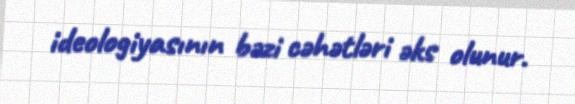
ideologiyasının bəzi cəhətləri əks olunur.